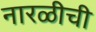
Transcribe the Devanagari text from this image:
नारळीची